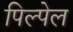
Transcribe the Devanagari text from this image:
पिल्पेल